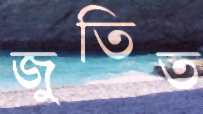
জুতিত